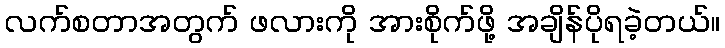
လက်စတာအတွက် ဖလားကို အားစိုက်ဖို့ အချိန်ပိုရခဲ့တယ်။